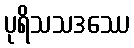
ပုရိသသဒဿေ